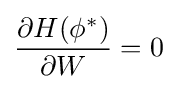
{\frac {\partial H(\phi ^{*})}{\partial W}}=0